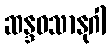
ဆန္ဒဝသာနုဂါ